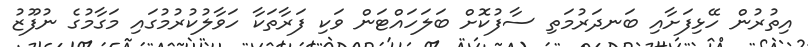
އިތުރުން ހޭޅިފަށާއި ބަނދަރުމަތި ސާފުކޮށް ބަލަހައްޓަން ވަކި ފަރާތަކާ ހަވާލުކުރުމުގައި މަގާމުގެ ނުފޫޒު